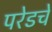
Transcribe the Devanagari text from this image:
परेडचे